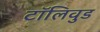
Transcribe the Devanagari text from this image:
टॉलिवुड